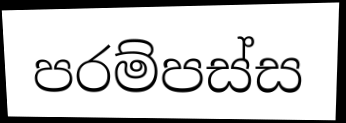
පරම්පස්ස